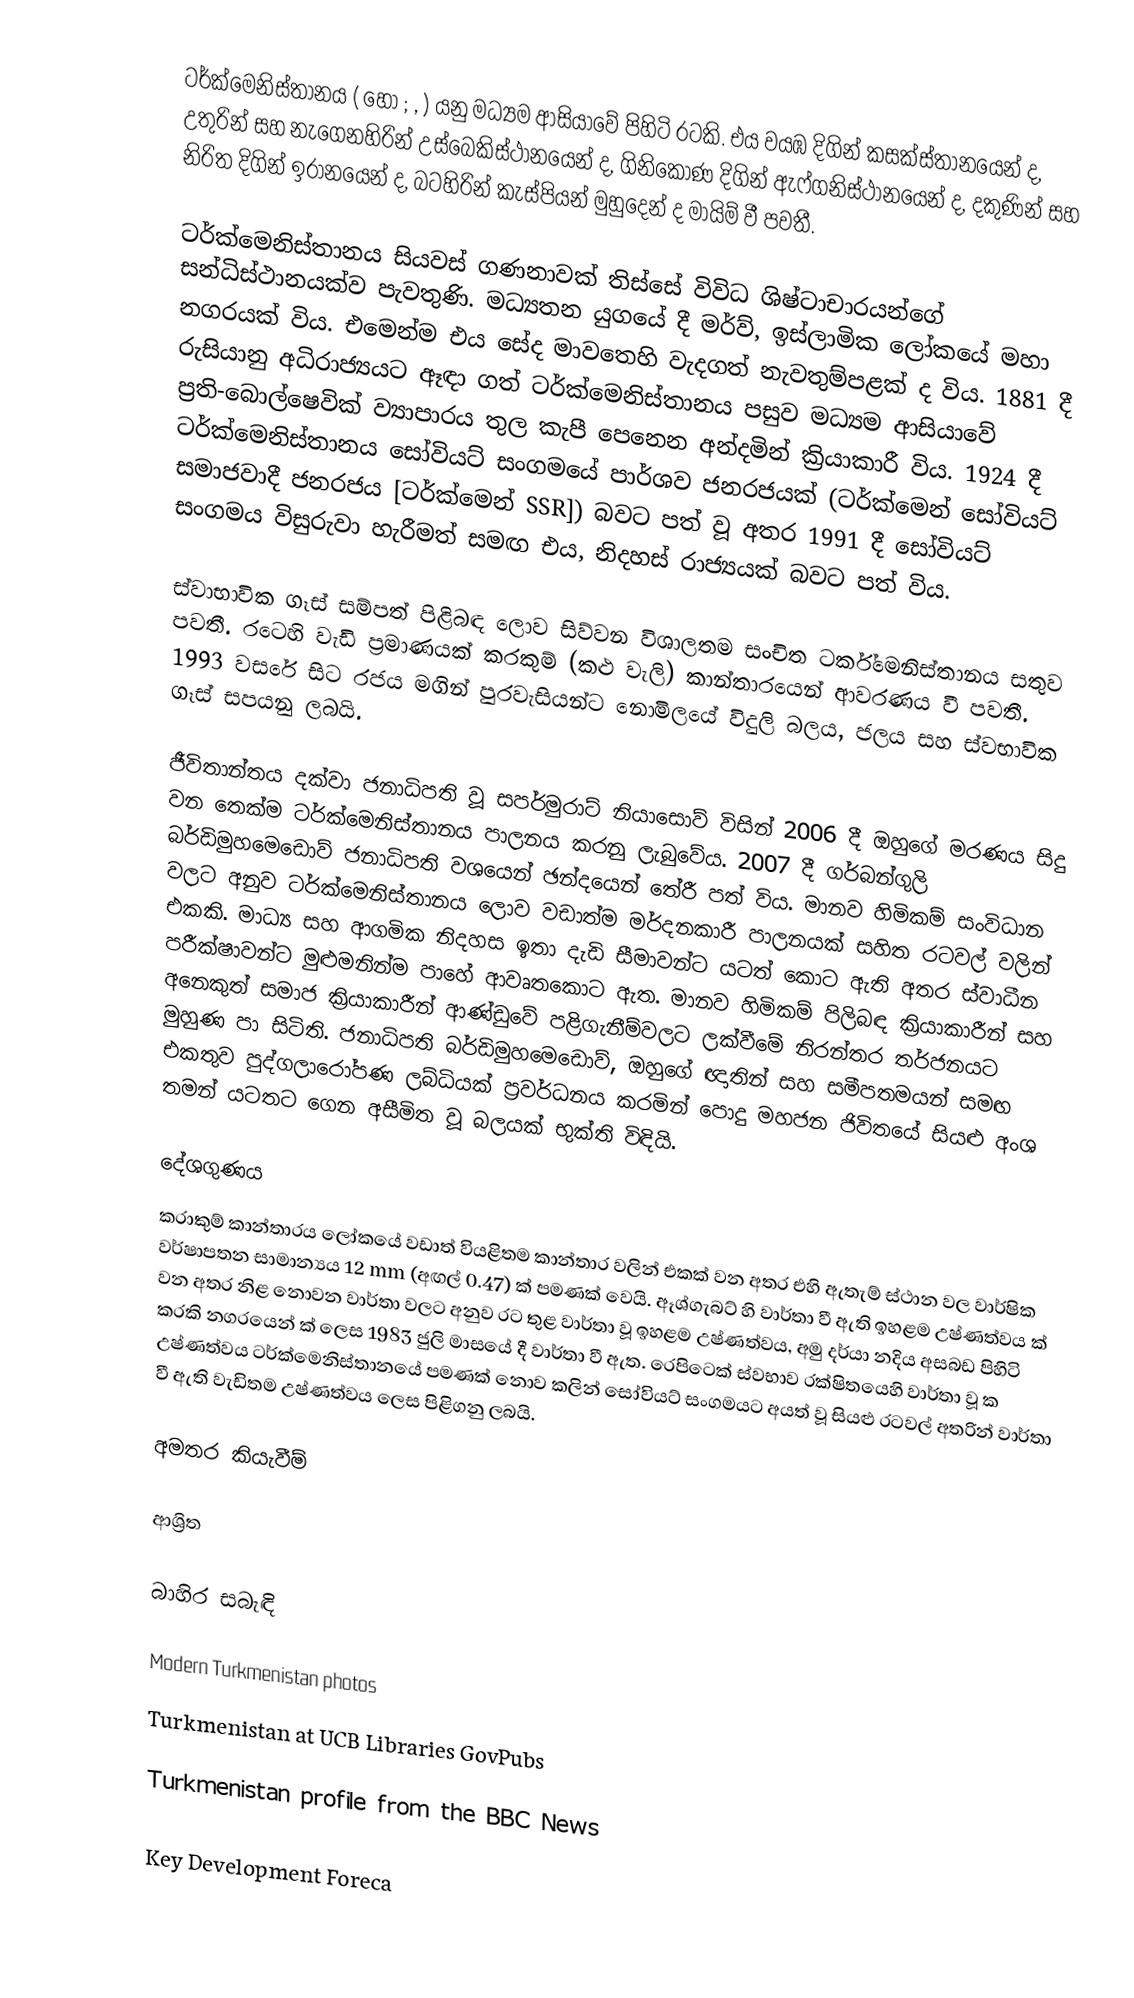
ටර්ක්මෙනිස්තානය ( හෝ ; , ) යනු මධ්‍යම ආසියාවේ පිහිටි රටකි. එය වයඹ දිගින් කසක්ස්තානයෙන් ද, උතුරින් සහ නැගෙනහිරින් උස්බෙකිස්ථානයෙන් ද, ගිනිකොණ දිගින් ඇෆ්ගනිස්ථානයෙන් ද, දකුණින් සහ නිරිත දිගින් ඉරානයෙන් ද, බටහිරින් කැස්පියන් මුහුදෙන් ද මායිම් වී පවතී.

ටර්ක්මෙනිස්තානය සියවස් ගණනාවක් තිස්සේ විවිධ ශිෂ්ටාචාරයන්ගේ සන්ධිස්ථානයක්ව පැවතුණි. මධ්‍යතන යුගයේ දී මර්ව්, ඉස්ලාමික ලෝකයේ මහා නගරයක් විය. එමෙන්ම එය සේද මාවතෙහි වැදගත් නැවතුම්පළක් ද විය. 1881 දී රුසියානු අධිරාජ්‍යයට ඈඳා ගත් ටර්ක්මෙනිස්තානය පසුව මධ්‍යම ආසියාවේ ප්‍රති-බොල්ෂෙවික් ව්‍යාපාරය තුල කැපී පෙනෙන අන්දමින් ක්‍රියාකාරී විය. 1924 දී ටර්ක්මෙනිස්තානය සෝවියට් සංගමයේ පාර්ශව ජනරජයක් (ටර්ක්මෙන් සෝවියට් සමාජවාදී ජනරජය [ටර්ක්මෙන් SSR]) බවට පත් වූ අතර 1991 දී සෝවියට් සංගමය විසුරුවා හැරීමත් සමඟ එය, නිදහස් රාජ්‍යයක් බවට පත් විය.

ස්වාභාවික ගෑස් සම්පත් පිළිබඳ ලොව සිව්වන විශාලතම සංචිත ටර්ක්මෙනිස්තානය සතුව පවතී. රටෙහි වැඩි ප්‍රමාණයක් කරකුම් (කළු වැලි) කාන්තාරයෙන් ආවරණය වී පවතී. 1993 වසරේ සිට රජය මගින් පුරවැසියන්ට නොමිලයේ විදුලි බලය, ජලය සහ ස්වභාවික ගෑස් සපයනු ලබයි.

ජීවිතාන්තය දක්වා ජනාධිපති වූ සපර්මුරාට් නියාසොව් විසින් 2006 දී ඔහුගේ මරණය සිදු වන තෙක්ම ටර්ක්මෙනිස්තානය පාලනය කරනු ලැබුවේය. 2007 දී ගර්බන්ගුලි බර්ඩිමුහමෙඩොව් ජනාධිපති වශයෙන් ඡන්දයෙන් තේරී පත් විය. මානව හිමිකම් සංවිධාන වලට අනුව ටර්ක්මෙනිස්තානය ලොව වඩාත්ම මර්දනකාරී පාලනයක් සහිත රටවල් වලින් එකකි. මාධ්‍ය සහ ආගමික නිදහස ඉතා දැඩි සීමාවන්ට යටත් කොට ඇති අතර ස්වාධීන පරීක්ෂාවන්ට මුළුමනින්ම පාහේ ආවෘතකොට ඇත. මානව හිමිකම් පිලිබඳ ක්‍රියාකාරීන් සහ අනෙකුත් සමාජ ක්‍රියාකාරීන් ආණ්ඩුවේ පළිගැනීම්වලට ලක්වීමේ නිරන්තර තර්ජනයට මුහුණ පා සිටිති. ජනාධිපති බර්ඩිමුහමෙඩොව්, ඔහුගේ ඥාතින් සහ සමීපතමයන් සමඟ එකතුව පුද්ගලාරෝපණ ලබ්ධියක් ප්‍රවර්ධනය කරමින් පොදු මහජන ජිවිතයේ සියළු අංශ තමන් යටතට ගෙන අසීමිත වූ බලයක් භුක්ති විඳියි.

දේශගුණය
කරාකුම් කාන්තාරය ලෝකයේ වඩාත් වියළිතම කාන්තාර වලින් එකක් වන අතර එහි ඇතැම් ස්ථාන වල වාර්ෂික වර්ෂාපතන සාමාන්‍යය 12 mm (අඟල් 0.47) ක් පමණක් වෙයි. ඈශ්ගැබට් හි වාර්තා වී ඇති ඉහළම උෂ්ණත්වය  ක් වන අතර නිළ නොවන වාර්තා වලට අනුව රට තුළ වාර්තා වූ ඉහළම උෂ්ණත්වය, අමු දර්යා නදිය අසබඩ පිහිටි කරකි නගරයෙන්  ක් ලෙස 1983 ජුලි මාසයේ දී වාර්තා වී ඇත. රෙපිටෙක් ස්වභාව රක්ෂිතයෙහි වාර්තා වූ  ක උෂ්ණත්වය ටර්ක්මෙනිස්තානයේ පමණක් නොව කලින් සෝවියට් සංගමයට අයත් වූ සියළු රටවල් අතරින් වාර්තා වී ඇති වැඩිතම උෂ්ණත්වය ලෙස පිළිගනු ලබයි.

අමතර කියැවීම්

ආශ්‍රිත

බාහිර සබැඳි

Modern Turkmenistan photos
Turkmenistan at UCB Libraries GovPubs

Turkmenistan profile from the BBC News

 Key Development Foreca